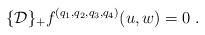
LaTeX: \begin{align*} \{{\cal D}\}_+ f^{(q_1,q_2,q_3,q_4)} (u,w) = 0\;.\end{align*}